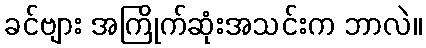
ခင်ဗျား အကြိုက်ဆုံးအသင်းက ဘာလဲ။